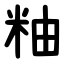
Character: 粙